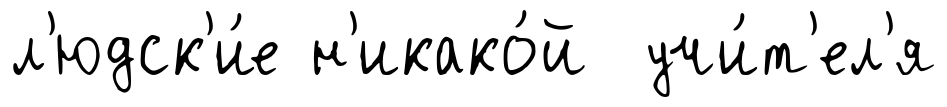
л'юдск'и́е н'икако́й учи́т'ел'я